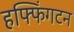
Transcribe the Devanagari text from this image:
हफ्फिंगटन